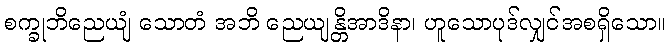
စက္ခုဘိညေယျံ သောတံ အဘိ ညေယျန္တိအာဒိနာ၊ ဟူသောပုဒ်လျှင်အစရှိသော။